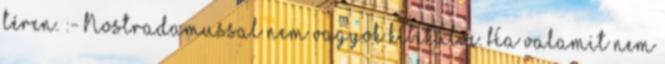
téren. :- Nostradamussal nem vagyok kibékülve. Ha valamit nem